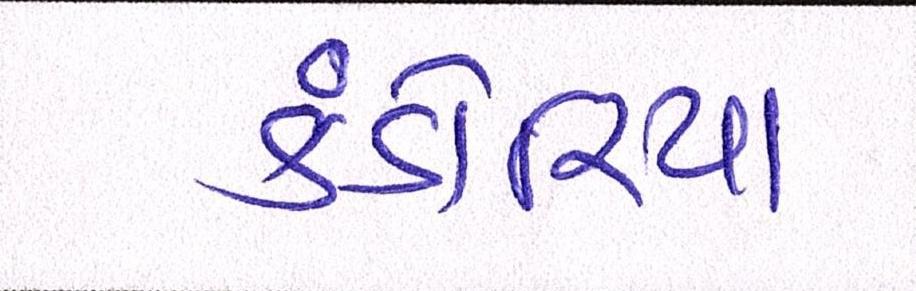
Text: કંડોરિયા